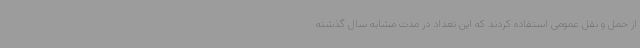
از حمل و نقل عمومی استفاده کردند که این تعداد در مدت مشابه سال گذشته